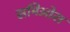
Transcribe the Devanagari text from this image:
समिओस